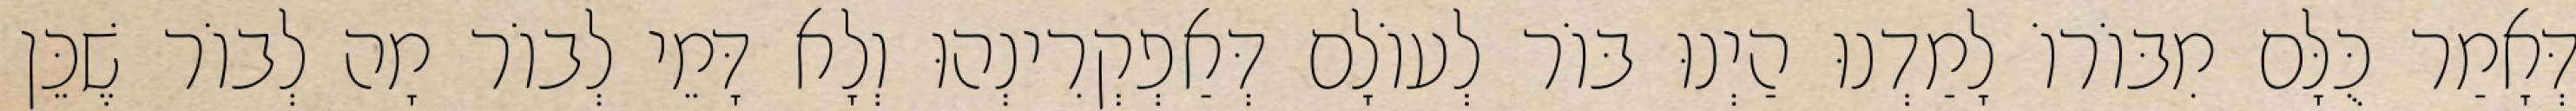
דְּאָמַר כֻּלָּם מִבּוֹרוֹ לָמַדְנוּ הַיְנוּ בּוֹר לְעוֹלָם דְּאַפְקְרִינְהוּ וְלָא דָּמֵי לְבוֹר מָה לְבוֹר שֶׁכֵּן